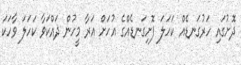
ދޮށުގައި ހަރުގަނޑެއް ކަހަލަ ފޮށިގަނޑެއްގެ އުހަށް އަރާ މީހުން ދައްކަވާ ކަހަލަ ވާހަކަ